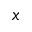
x